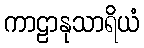
ကာဠာနုသာရိယံ